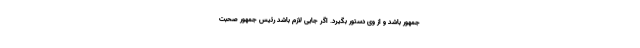
جمهور باشد و از وی دستور بگیرد. اگر جایی لازم باشد رئیس جمهور صحبت